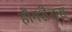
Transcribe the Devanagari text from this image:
हौगशेड्स